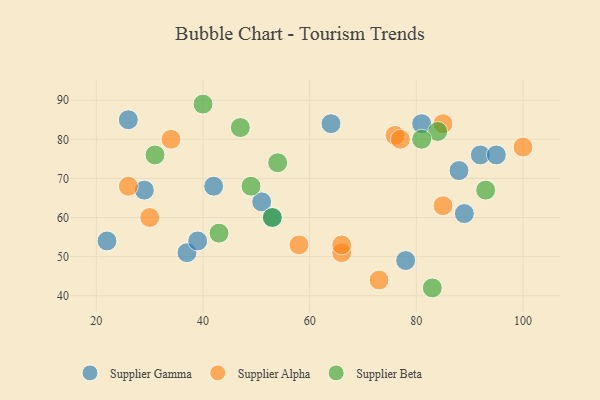
{"axis": {"x": "GDP", "y": "Life Expectancy"}, "legend": ["Supplier Alpha", "Supplier Beta", "Supplier Gamma"], "data": [{"x": "29", "y": 67, "type": "Supplier Gamma"}, {"x": "26", "y": 85, "type": "Supplier Gamma"}, {"x": "42", "y": 68, "type": "Supplier Gamma"}, {"x": "22", "y": 54, "type": "Supplier Gamma"}, {"x": "51", "y": 64, "type": "Supplier Gamma"}, {"x": "37", "y": 51, "type": "Supplier Gamma"}, {"x": "92", "y": 76, "type": "Supplier Gamma"}, {"x": "53", "y": 60, "type": "Supplier Gamma"}, {"x": "39", "y": 54, "type": "Supplier Gamma"}, {"x": "95", "y": 76, "type": "Supplier Gamma"}, {"x": "89", "y": 61, "type": "Supplier Gamma"}, {"x": "64", "y": 84, "type": "Supplier Gamma"}, {"x": "81", "y": 84, "type": "Supplier Gamma"}, {"x": "78", "y": 49, "type": "Supplier Gamma"}, {"x": "88", "y": 72, "type": "Supplier Gamma"}, {"x": "100", "y": 78, "type": "Supplier Alpha"}, {"x": "34", "y": 80, "type": "Supplier Alpha"}, {"x": "76", "y": 81, "type": "Supplier Alpha"}, {"x": "58", "y": 53, "type": "Supplier Alpha"}, {"x": "73", "y": 44, "type": "Supplier Alpha"}, {"x": "85", "y": 63, "type": "Supplier Alpha"}, {"x": "77", "y": 80, "type": "Supplier Alpha"}, {"x": "26", "y": 68, "type": "Supplier Alpha"}, {"x": "85", "y": 84, "type": "Supplier Alpha"}, {"x": "30", "y": 60, "type": "Supplier Alpha"}, {"x": "66", "y": 51, "type": "Supplier Alpha"}, {"x": "66", "y": 53, "type": "Supplier Alpha"}, {"x": "49", "y": 68, "type": "Supplier Beta"}, {"x": "40", "y": 89, "type": "Supplier Beta"}, {"x": "54", "y": 74, "type": "Supplier Beta"}, {"x": "84", "y": 82, "type": "Supplier Beta"}, {"x": "93", "y": 67, "type": "Supplier Beta"}, {"x": "53", "y": 60, "type": "Supplier Beta"}, {"x": "81", "y": 80, "type": "Supplier Beta"}, {"x": "43", "y": 56, "type": "Supplier Beta"}, {"x": "47", "y": 83, "type": "Supplier Beta"}, {"x": "31", "y": 76, "type": "Supplier Beta"}, {"x": "83", "y": 42, "type": "Supplier Beta"}]}